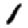
Digit: 1